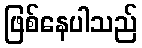
ဖြစ်နေပါသည်